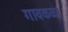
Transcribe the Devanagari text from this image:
गावकळा